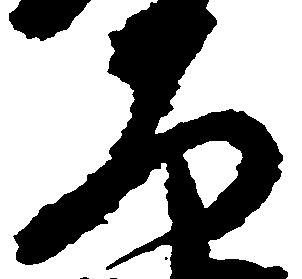
衛